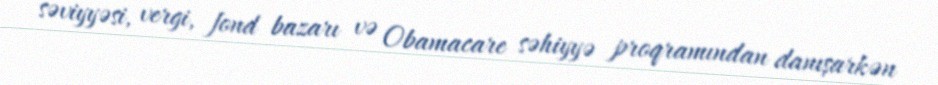
səviyyəsi, vergi, fond bazarı və Obamacare səhiyyə proqramından danışarkən